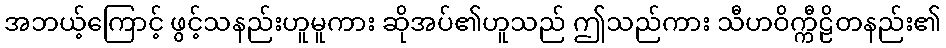
အဘယ့်ကြောင့် ဖွင့်သနည်းဟူမူကား ဆိုအပ်၏ဟူသည် ဤသည်ကား သီဟဝိက္ကီဠိတနည်း၏